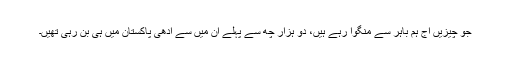
جو چیزیں آج ہم باہر سے منگوا رہے ہیں، دو ہزار چھ سے پہلے ان میں سے آدھی پاکستان میں ہی بن رہی تھیں۔